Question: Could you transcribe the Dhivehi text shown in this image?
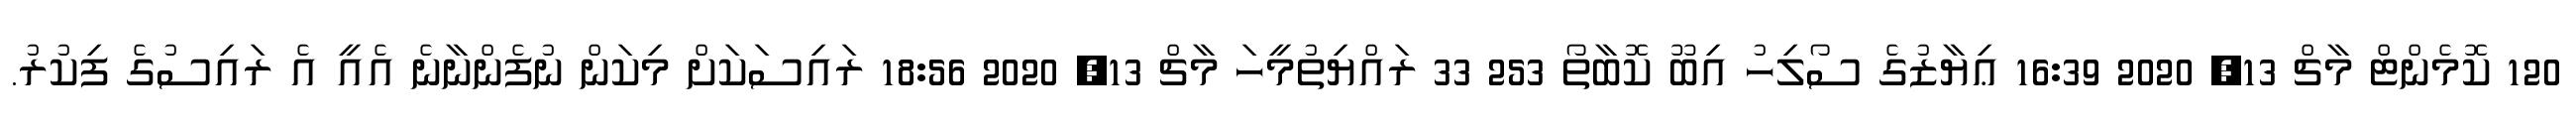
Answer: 120 ކޮމެންޓް މާޗް 13, 2020 16:39 ޢިޔާޒުގެ ސޯލިހު އިބޫ ކޮބާތޯ 253 33 ރައްޔިތުމީހަ މާޗް 13, 2020 18:56 ރައިސަކަށް މިކަން ނުފެންނާނެ އެއީ އެ ރައިސުގެ ފިކުރު.